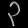
Digit: ၃